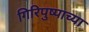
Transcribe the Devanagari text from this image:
गिरिपुष्पाच्या